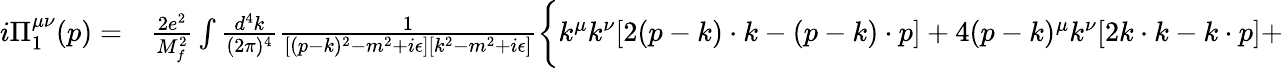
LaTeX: \begin{array}{rl}{i\Pi_{1}^{\mu\nu}(p)=}&{{}\frac{2e^{2}}{M_{f}^{2}}\int\frac{d^{4}k}{(2\pi)^{4}}\frac{1}{[(p-k)^{2}-m^{2}+i\epsilon][k^{2}-m^{2}+i\epsilon]}\biggl\{ k^{\mu}k^{\nu}[2(p-k)\cdot k-(p-k)\cdot p]+4(p-k)^{\mu}k^{\nu}[2k\cdot k-k\cdot p]+}\end{array}